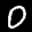
Digit: 0